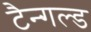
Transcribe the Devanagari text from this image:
टैन्गल्ड